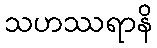
သဟဿရာနိ